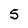
Character: 5